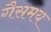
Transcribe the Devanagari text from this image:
गैसमय